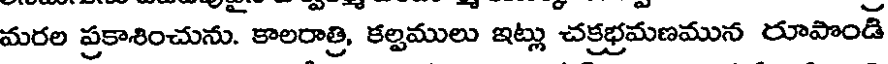
మరల ప్రకాశించును. కాలరాత్రి, కల్పములు ఇట్లు చక్రభ్రమణమున రూపొండ్